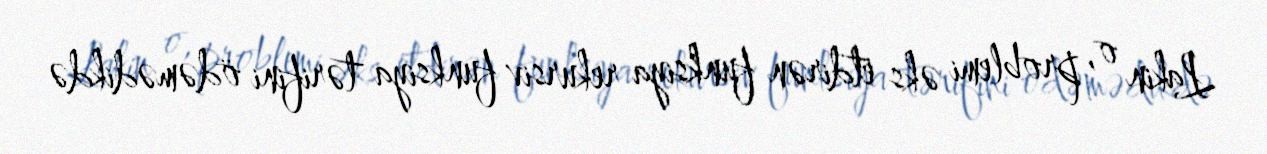
Lakin o, problemi əks etdirən funksiya rekursiv funksiya tərifini ödəmədikdə